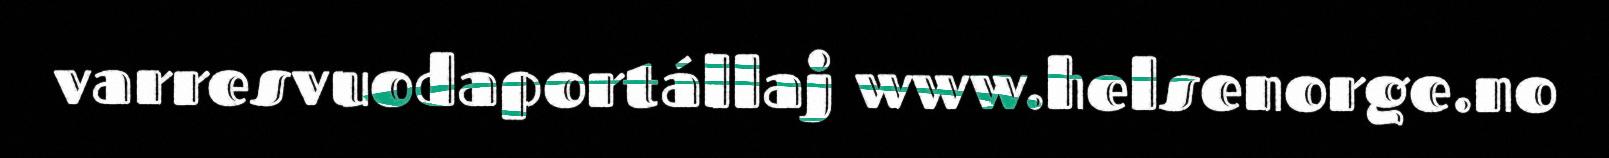
varresvuodaportállaj www.helsenorge.no